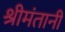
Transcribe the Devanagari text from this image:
श्रीमंतानी